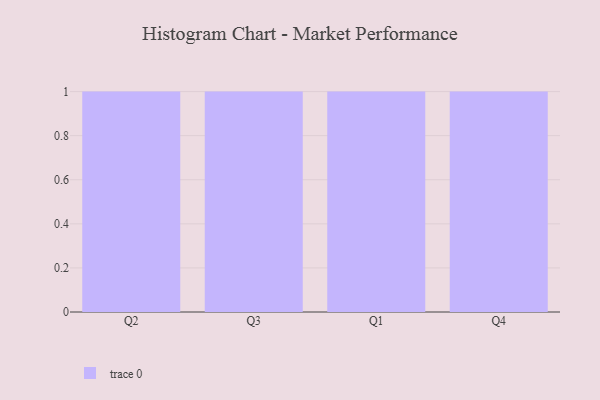
{"axis": {"x": "Quarter", "y": "Bounce Rate (%)"}, "legend": [""], "data": [{"x": "Q2", "y": 29, "type": ""}, {"x": "Q3", "y": 91, "type": ""}, {"x": "Q1", "y": 67, "type": ""}, {"x": "Q4", "y": 17, "type": ""}]}